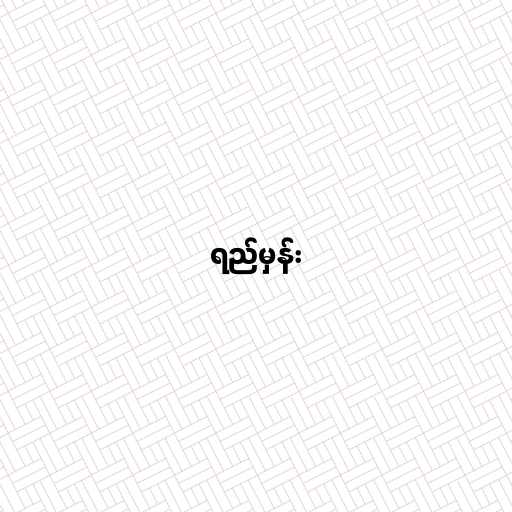
ရည်မှန်း